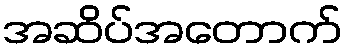
အဆိပ်အတောက်